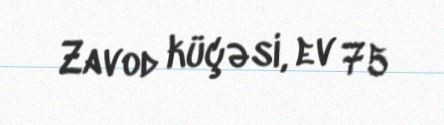
Zavod küçəsi, ev 75